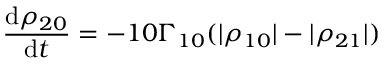
\frac { \mathrm { d } \rho _ { 2 0 } } { \mathrm { d } t } = - 1 0 \Gamma _ { 1 0 } ( | \rho _ { 1 0 } | - | \rho _ { 2 1 } | )